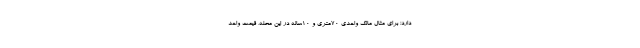
دارد؛ برای مثال مالک واحدی 70متری و 10ساله در این محله، قیمت واحد